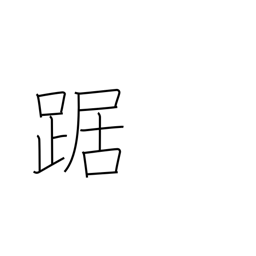
Meaning: cower